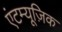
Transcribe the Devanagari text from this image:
एंटम्यूज़िक